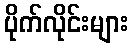
ပိုက်လိုင်းများ